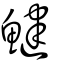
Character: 鰎